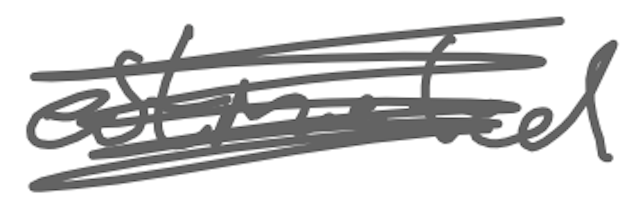
Text: estimated
Cross-out: scratch
Writing tool: digital_gray